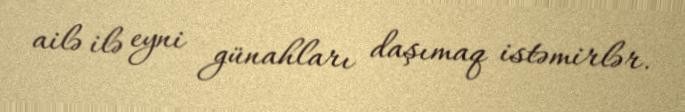
ailə ilə eyni günahları daşımaq istəmirlər.